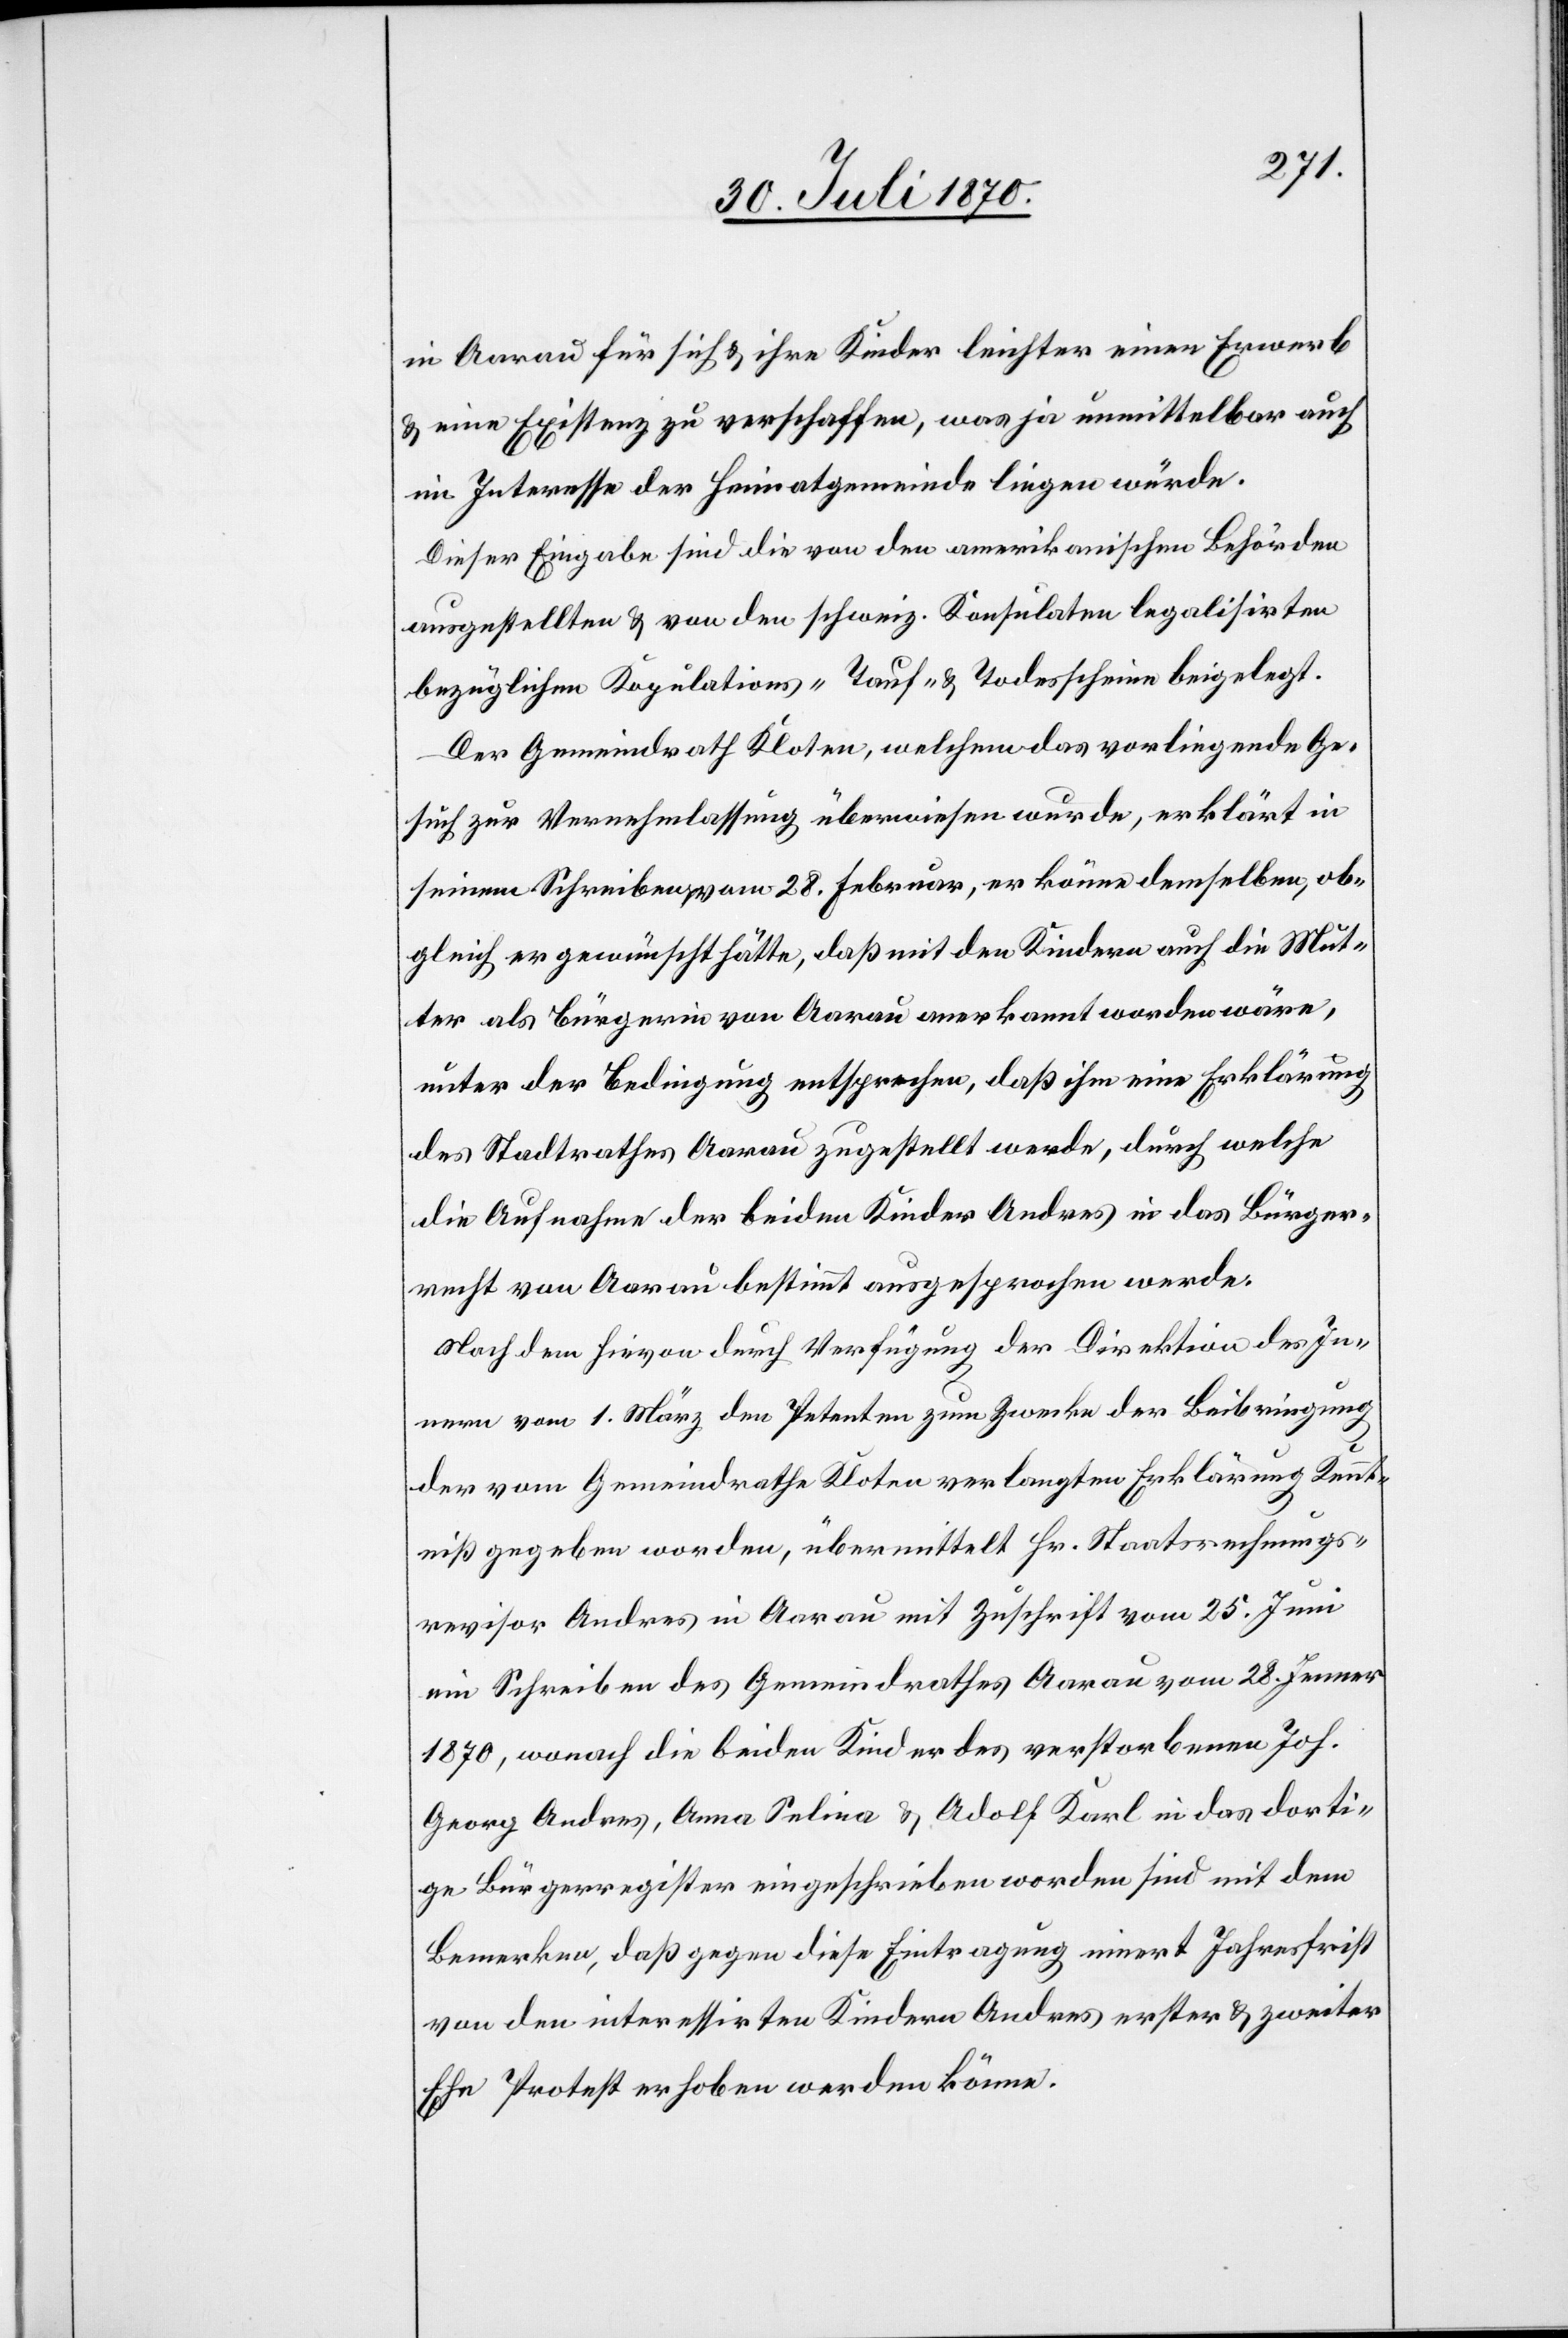
in Aarau für sich & ihre Kinder leichter einen Erwerb
& eine Existenz zu verschaffen, was ja unmittelbar auch
im Interesse der Heimatsgemeinde liegen würde.
Dieser Eingabe sind die von den amerikanischen Behörden
ausgestellten & von den schweiz. Konsulaten legalisirten
bezüglichen Kapitulations- Tauf- & Todesscheine beigelegt.
Der Gemeindrath Kloten, welchem das vorliegende Ge¬
such zur Vernehmlassung überwiesen wurde, erklärt in
seinem Schreiben am 28. Februar, er könne demselben, ob¬
gleich er gewünscht hätte, daß mit den Kindern auch die Mut¬
ter als Bürgerin von Aarau anerkannt worden wäre,
unter der Bedingung entsprechen, daß ihm eine Erklärung
des Stadtrathes Aarau zugestellt werde, durch welche
die Aufnahme der beiden Kinder Andres in das Bürger¬
recht von Aarau bestimmt ausgesprochen werde.
Nach dem hievon durch Verfügung der Direktion des In¬
nern vom 1. März den Petenten zum Zwecke der Beibringung
der vom Gemeindrathe Kloten verlangten Erklärung Kennt¬
niß gegeben worden, übermittelt Hr. Staatsrechnungs¬
revisor Andres in Aarau mit Zuschrift vom 25. Juni
ein Schreiben des Gemeindrath Aarau vom 28. Jenner
1870, wonach die beiden Kinder des verstorbenen Joh.
Georg Andres, Anna Selina & Adolf Karl in das dorti¬
ge Bürgerregister eingeschrieben worden sind mit dem
Bemerken, daß gegen diese Eintragung innert Jahresfrist
von den interessirten Kindern Andres erster & zweiter
Ehe Protest erhoben werden könne.